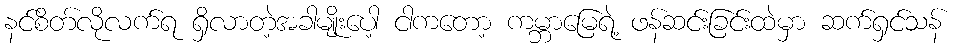
နင်စိတ်လိုလက်ရ ရှိလာတဲ့အခါမျိုးပေါ့ ငါကတော့ ကမ္ဘာမြေရဲ့ ဖန်ဆင်းခြင်းထဲမှာ ဆက်ရှင်သန်